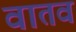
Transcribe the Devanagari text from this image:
वातव